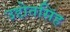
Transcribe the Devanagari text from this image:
उद्दोतसिंह